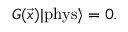
G ( \vec { x } ) | \mathrm { { p h y s } } \rangle = 0 .